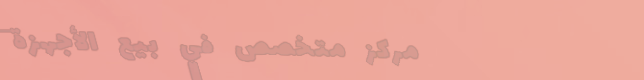
مركز متخصص في بيع الأجهزة